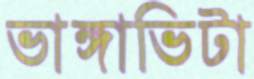
ভাঙ্গাভিটা